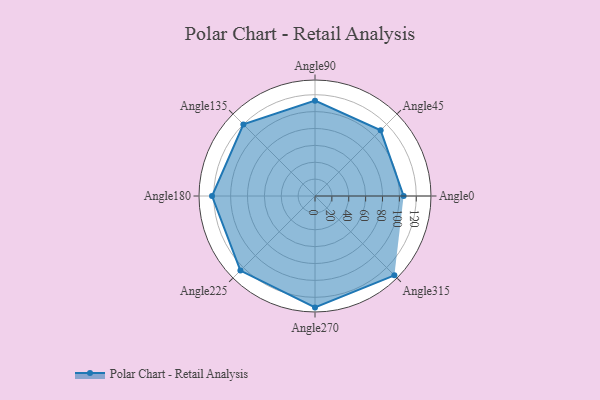
{"axis": {"x": "Angle", "y": "Radius"}, "legend": [""], "data": [{"x": "Angle0", "y": 105.0, "type": ""}, {"x": "Angle45", "y": 110.0, "type": ""}, {"x": "Angle90", "y": 113.0, "type": ""}, {"x": "Angle135", "y": 120.0, "type": ""}, {"x": "Angle180", "y": 122.0, "type": ""}, {"x": "Angle225", "y": 125.0, "type": ""}, {"x": "Angle270", "y": 132.0, "type": ""}, {"x": "Angle315", "y": 133.0, "type": ""}]}